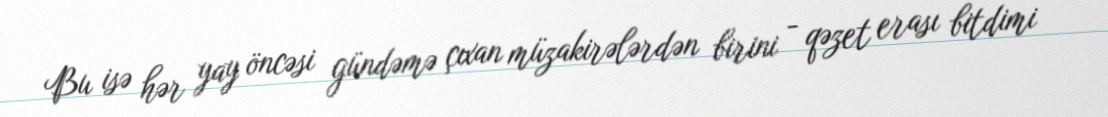
Bu isə hər yay öncəsi gündəmə çıxan müzakirələrdən birini - qəzet erası bitdimi